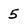
Character: 5